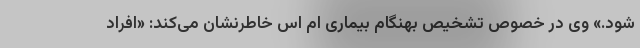
شود.» وی در خصوص تشخیص بهنگام بیماری ام اس خاطرنشان می‌کند: «افراد